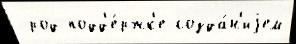
 род подд'е́ржк'е созда́н'иjем